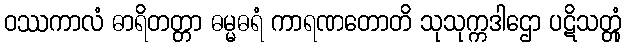
ဝဿကာလံ ဓာရိတတ္တာ ဓမ္မဓရံ ကာရဏတောတိ သုသုက္ကဒါဌော ပဋိသတ္တုံ